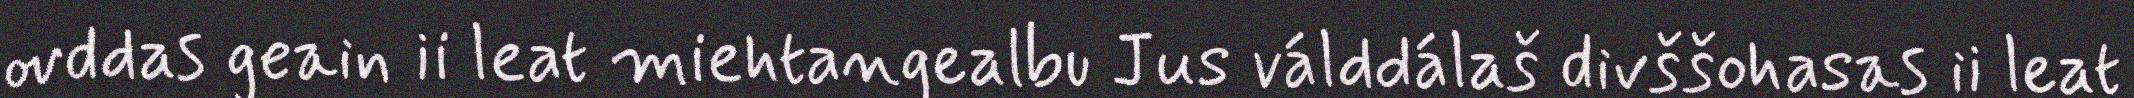
ovddas geain ii leat miehtangealbu Jus válddálaš divššohasas ii leat